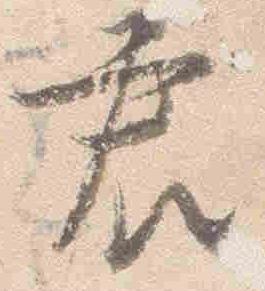
君